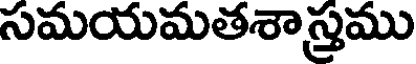
సమయమతశాస్త్రము